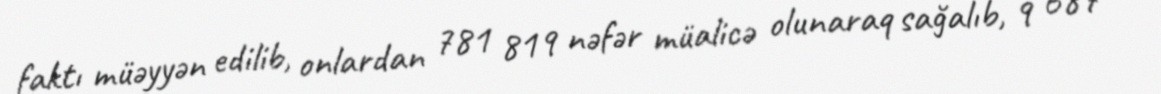
faktı müəyyən edilib, onlardan 781 819 nəfər müalicə olunaraq sağalıb, 9 687